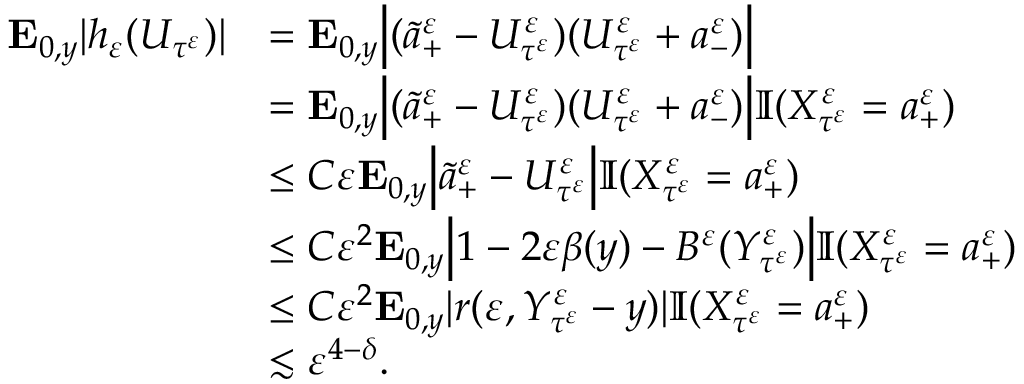
\begin{array} { r l } { \mathbf { E } _ { 0 , y } | h _ { \varepsilon } ( U _ { \tau ^ { \varepsilon } } ) | } & { = \mathbf { E } _ { 0 , y } \Big | ( \widetilde a _ { + } ^ { \varepsilon } - U _ { \tau ^ { \varepsilon } } ^ { \varepsilon } ) ( U _ { \tau ^ { \varepsilon } } ^ { \varepsilon } + a _ { - } ^ { \varepsilon } ) \Big | } \\ & { = \mathbf { E } _ { 0 , y } \Big | ( \widetilde a _ { + } ^ { \varepsilon } - U _ { \tau ^ { \varepsilon } } ^ { \varepsilon } ) ( U _ { \tau ^ { \varepsilon } } ^ { \varepsilon } + a _ { - } ^ { \varepsilon } ) \Big | \mathbb { I } ( X _ { \tau ^ { \varepsilon } } ^ { \varepsilon } = a _ { + } ^ { \varepsilon } ) } \\ & { \leq C \varepsilon \mathbf { E } _ { 0 , y } \Big | \widetilde a _ { + } ^ { \varepsilon } - U _ { \tau ^ { \varepsilon } } ^ { \varepsilon } \Big | \mathbb { I } ( X _ { \tau ^ { \varepsilon } } ^ { \varepsilon } = a _ { + } ^ { \varepsilon } ) } \\ & { \leq C \varepsilon ^ { 2 } \mathbf { E } _ { 0 , y } \Big | 1 - 2 \varepsilon \beta ( y ) - B ^ { \varepsilon } ( Y _ { \tau ^ { \varepsilon } } ^ { \varepsilon } ) \Big | \mathbb { I } ( X _ { \tau ^ { \varepsilon } } ^ { \varepsilon } = a _ { + } ^ { \varepsilon } ) } \\ & { \leq C \varepsilon ^ { 2 } \mathbf { E } _ { 0 , y } | r ( \varepsilon , Y _ { \tau ^ { \varepsilon } } ^ { \varepsilon } - y ) | \mathbb { I } ( X _ { \tau ^ { \varepsilon } } ^ { \varepsilon } = a _ { + } ^ { \varepsilon } ) } \\ & { \lesssim \varepsilon ^ { 4 - \delta } . } \end{array}